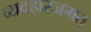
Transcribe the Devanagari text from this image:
व्यवहारजगत्‌